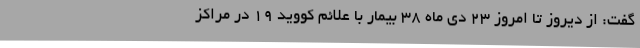
گفت: از دیروز تا امروز 23 دی ماه 38 بیمار با علائم کووید 19 در مراکز